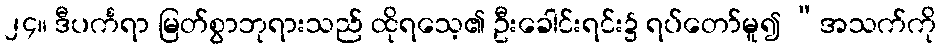
၂၄။ ဒီပင်္ကရာ မြတ်စွာဘုရားသည် ထိုရသေ့၏ ဦးခေါင်းရင်း၌ ရပ်တော်မူ၍ “အသက်ကို